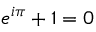
e ^ { i \pi } + 1 = 0